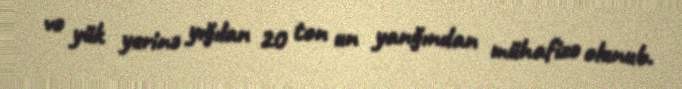
və yük yerinə yığılan 20 ton un yanğından mühafizə olunub.